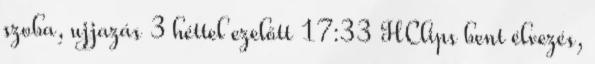
szoba, ujjazás 3 héttel ezelőtt 17:33 HClips bent élvezés,